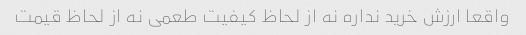
واقعا ارزش خرید نداره نه از لحاظ کیفیت طعمی نه از لحاظ قیمت